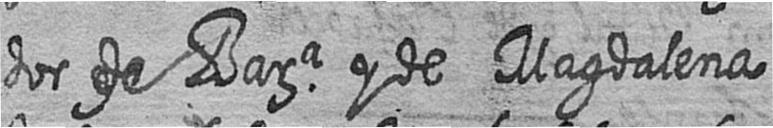
dor de Bara y de Magdalena